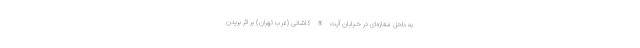
به داخل مغازه‌ای در خیابان آیت الله کاشانی (غرب تهران) بر اثر بریدن